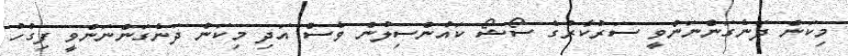
މިކަން ދަނެގަންނަންވީ ސަރުކާރުގެ ސޯޝޯ ކައުންސިލުން ވެސް އަދި މިކަން ދަނެގަންނަންވީ ފިގުހު